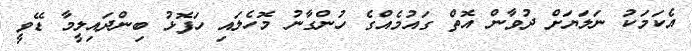
އެކަމަކު ނަލަޔަށް ދުވާން އޮތް ގައުމެއްގެ ހުންގާނު މޮހެލައި ހަފޮޅު ބިންދައިލީމާ ޑޭވީ